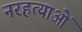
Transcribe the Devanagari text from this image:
नरहत्याओं